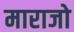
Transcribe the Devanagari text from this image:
माराजो